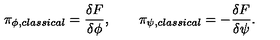
\pi _ { \phi , c l a s s i c a l } = { \frac { \delta F } { \delta \phi } } , \qquad \pi _ { \psi , c l a s s i c a l } = - { \frac { \delta F } { \delta \psi } } .